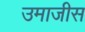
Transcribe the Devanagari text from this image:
उमाजीस